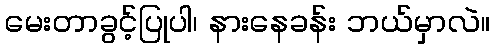
မေးတာခွင့်ပြုပါ၊ နားနေခန်း ဘယ်မှာလဲ။